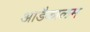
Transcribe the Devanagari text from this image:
आडैकालम